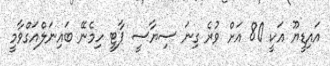
އައިޑީޔޫ އަކީ 80 އަށް ވުރެ ގިނަ ސިޔާސީ ޕާޓީ ހިމެނޭ ބައިނަލްއަގްވާމީ